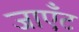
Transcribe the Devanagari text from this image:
जाएँट